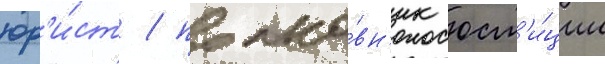
юр'и́ст / полко́вн'ик юст'и́ции